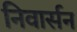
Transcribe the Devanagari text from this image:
निवार्सन